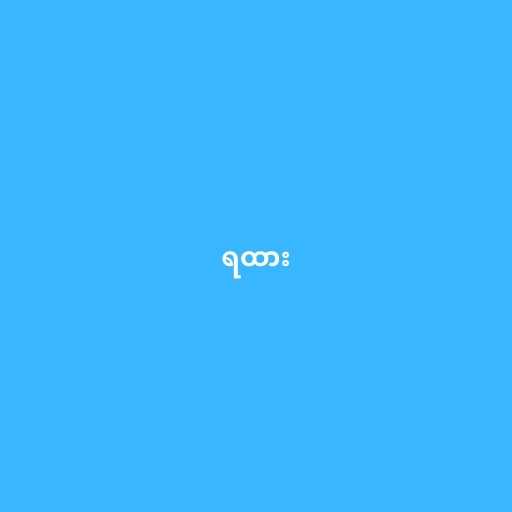
ရထား